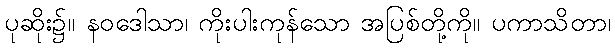
ပုဆိုး၌။ နဝဒေါသာ၊ ကိုးပါးကုန်သော အပြစ်တို့ကို။ ပကာသိတာ၊